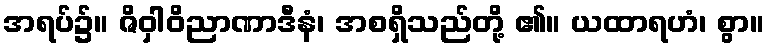
အရပ်၌။ ဇိဝှါဝိညာဏာဒီနံ၊ အစရှိသည်တို့ ၏။ ယထာရဟံ၊ စွာ။